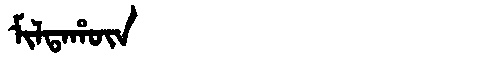
Manchu: ᠮᡳᠯᡨᠠᡥᡡᠨ
Romanization: MILTAHŪN